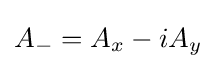
A_{-}=A_{x}-iA_{y}